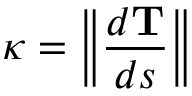
\kappa = \left\| { \frac { d \mathbf { T } } { d s } } \right\|